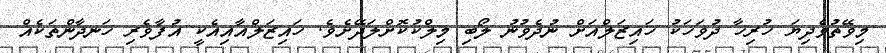
މިވޭތުވެދިޔަ ހުރިހާ ދުވަހަކު ހައިޒަލްއަށް ނުދެވުނު ލޯބި މިލްކުކޮށްލަދޭށެވެ. ހައިޒަލްއާއިއެކީ އުފާވެރި ހަނދާންތަކެއް